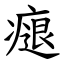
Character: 㾼